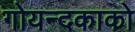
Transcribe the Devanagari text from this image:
गोयन्‍दकाको